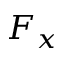
F _ { x }